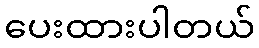
ပေးထားပါတယ်